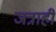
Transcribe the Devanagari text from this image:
जत्राही